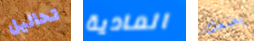
تحاليل المادية يضعك